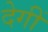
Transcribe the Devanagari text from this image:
देगीं